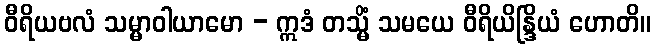
ဝီရိယဗလံ သမ္မာဝါယာမော - ဣဒံ တသ္မိံ သမယေ ဝီရိယိန္ဒြိယံ ဟောတိ။